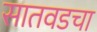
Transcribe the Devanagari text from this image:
सातवडचा